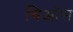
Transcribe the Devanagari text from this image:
चिऑस